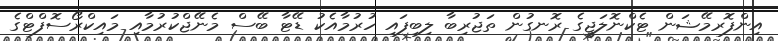
އިންފޮރމޭޝަން ޓެކްނޮލަޖީގެ ރޮނގުން ތަޖުރިބާ ލިބިފައި ހުރުމާއެކު ޑޭޓާ ބޭސް މެނޭޖްކުރުމާއި މައިކްރޯސޮފްޓްގެ